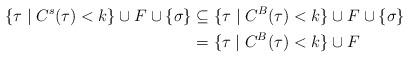
LaTeX: \begin{align*} \{\tau \mid C^s(\tau) < k\}\cup F \cup \{\sigma\} &\subseteq \{\tau \mid C^B(\tau) < k\} \cup F \cup \{\sigma\}\\ &= \{\tau \mid C^B(\tau) < k\} \cup F\end{align*}